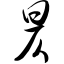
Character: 昃